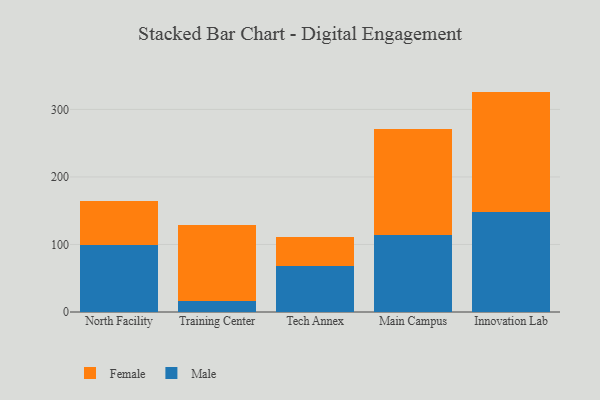
{"axis": {"x": "Campus", "y": "Gross Profit (USD K)"}, "legend": ["Female", "Male"], "data": [{"x": "North Facility", "y": 98.5, "type": "Male"}, {"x": "North Facility", "y": 66.1, "type": "Female"}, {"x": "Training Center", "y": 16.2, "type": "Male"}, {"x": "Training Center", "y": 113.1, "type": "Female"}, {"x": "Tech Annex", "y": 68.7, "type": "Male"}, {"x": "Tech Annex", "y": 41.9, "type": "Female"}, {"x": "Main Campus", "y": 113.5, "type": "Male"}, {"x": "Main Campus", "y": 158.1, "type": "Female"}, {"x": "Innovation Lab", "y": 148.4, "type": "Male"}, {"x": "Innovation Lab", "y": 178.0, "type": "Female"}]}